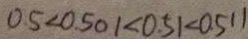
0 . 5 < 0 . 5 0 1 < 0 . 5 1 < 0 . 5 1 1